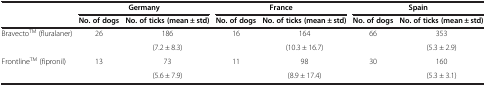
| <ROWSPAN=2>  | <COLSPAN=2> Germany | <COLSPAN=2> France | <COLSPAN=2> Spain |
 | No. of dogs | No. of ticks (mean ± std) | No. of dogs | No. of ticks (mean ± std) | No. of dogs | No. of ticks (mean ± std) |
 | --- | --- | --- | --- | --- | --- | --- |
 | <ROWSPAN=2> BravectoTM (fluralaner) | <ROWSPAN=2> 26 | 186 | 16 | 164 | 66 | 353 |
 | (7.2 ± 8.3) |  | (10.3 ± 16.7) |  | (5.3 ± 2.9) |
 | <ROWSPAN=2> FrontlineTM (fipronil) | <ROWSPAN=2> 13 | 73 | 11 | 98 | 30 | 160 |
 | (5.6 ± 7.9) |  | (8.9 ± 17.4) |  | (5.3 ± 3.1) |